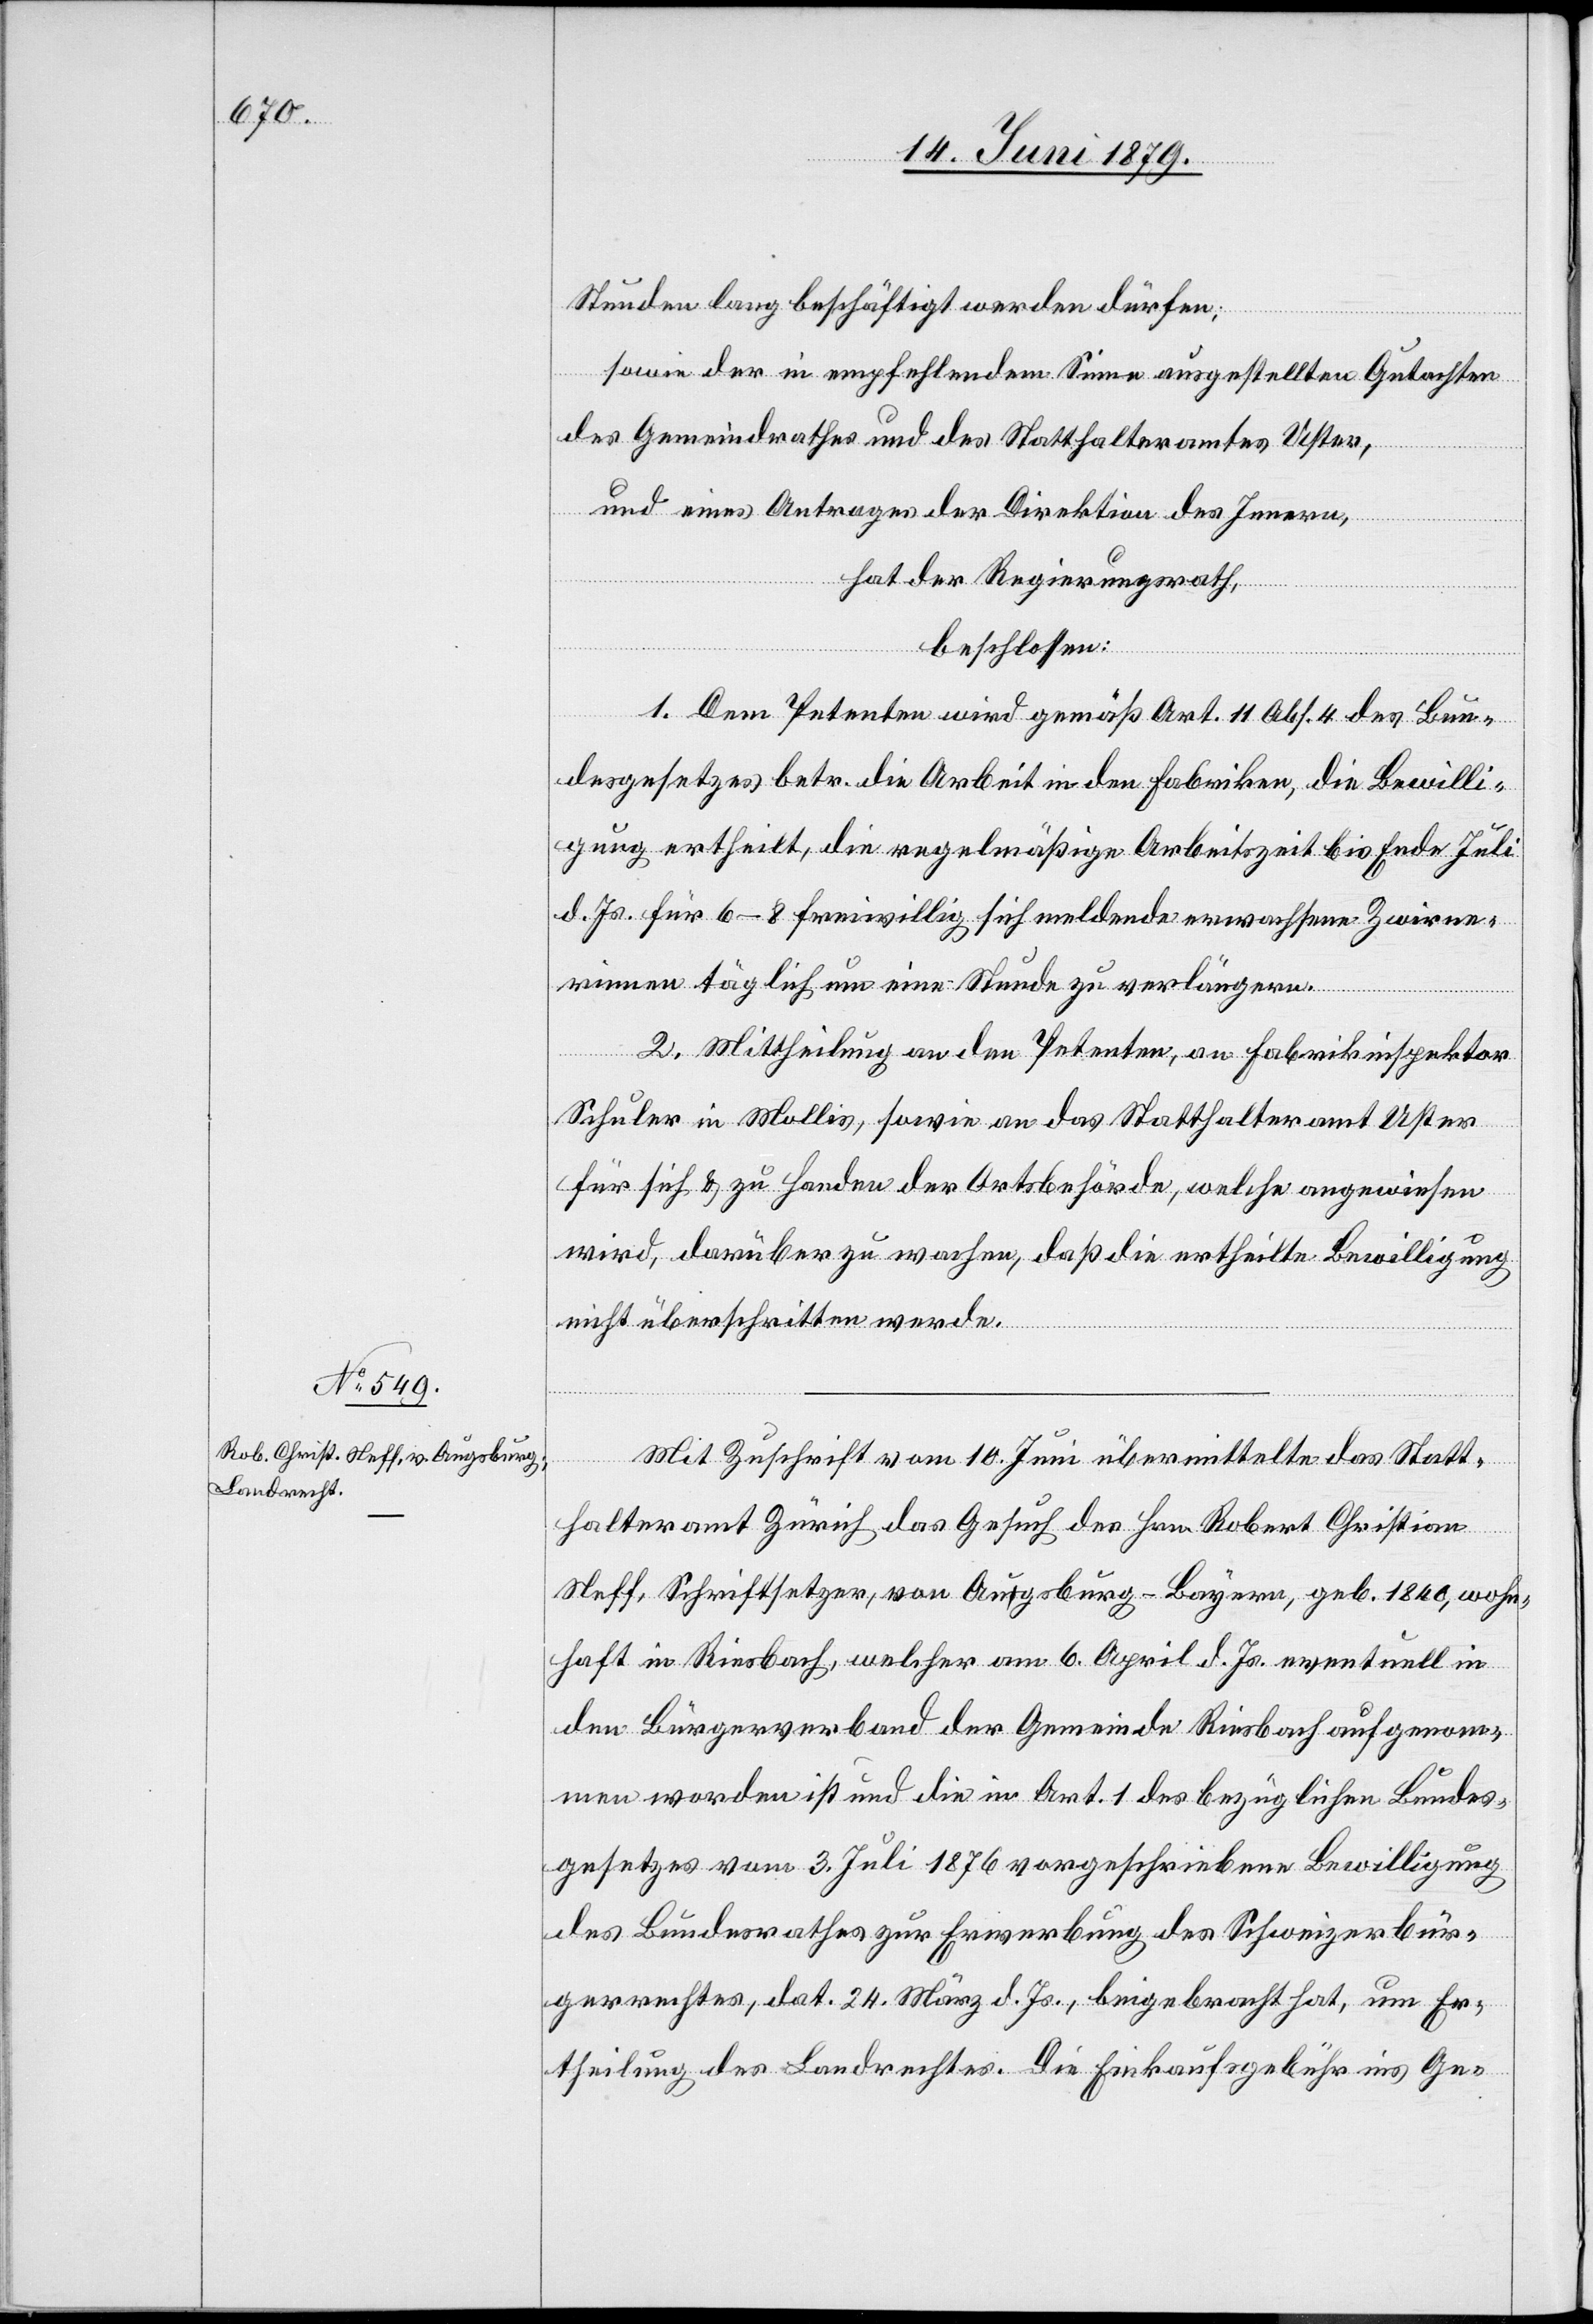
Stunden lang beschäftigt werden dürfen;
sowie der in empfehlendem Sinne ausgestellten Gutachten
des Gemeindrathes und des Statthalteramtes Uster,
und eines Antrages der Direktion des Innern,
hat der Regierungsrath,
beschlossen:
1. Dem Petenten wird gemäß Art. 11 Abs. 4 des Bun¬
desgesetzes betr. die Arbeit in den Fabriken, die Bewilli¬
gung ertheilt, die regelmäßige Arbeitszeit bis Ende Juli
d. Js. für 6–8 freiwillig sich meldende erwachsene Zwirne¬
rinnen täglich um eine Stunde zu verlängern.
2. Mittheilung an den Petenten, an Fabrikinspektor
Schuler in Mollis, sowie an das Statthalteramt Uster
für sich & zu Handen der Ortsbehörde, welche angewiesen
wird, darüber zu wachen, daß die ertheilte Bewilligung
nicht überschritten werde.
Mit Zuschrift vom 10. Juni übermittelte das Statt¬
halteramt Zürich das Gesuch des Hrn. Robert Christian
Neff, Schriftsetzer, von Augsburg - Bayern, geb. 1840, wohn¬
haft in Riesbach, welcher am 6. April d. Js. eventuell in
den Bürgerverband der Gemeinde Riesbach aufgenom¬
men worden ist und die in Art. 1 des bezüglichen Bundes¬
gesetzes vom 3. Juli 1876 vorgeschriebene Bewilligung
des Bundesrathes zur Erwerbung des Schweizerbür¬
gerrechtes, dat. 24. März d. Js., beigebracht hat, um Er¬
theilung des Landrechtes. Die Einkaufsgebühr ins Ge-